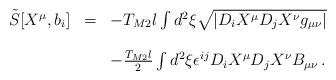
LaTeX: \begin{align*}\begin{array}{rcl}{\tilde S}[X^{\mu},b_i] & = &-T_{M2}l\int d^2\xi \sqrt{|D_{i} X^{\mu} D_{j} X^{\nu} g_{\mu\nu}|}\\& & \\& & -{\textstyle\frac{T_{M2}l}{2}}\int d^2\xi \epsilon^{ij}D_{i} X^{\mu} D_{j}X^{\nu} B_{\mu\nu}\, . \\\end{array}\end{align*}